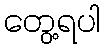
တွေ့ရပါ